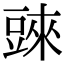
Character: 𧯲